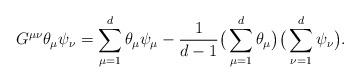
LaTeX: \begin{align*}G^{\mu \nu} \theta_\mu \psi_\nu = \sum_{\mu = 1}^{d}\theta_\mu \psi_\mu- \frac{1}{d-1} \big(\sum_{\mu = 1}^{d}\theta_\mu\big) \big(\sum_{\nu = 1}^{d}\psi_\nu\big).\end{align*}